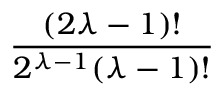
\frac { ( 2 \lambda - 1 ) ! } { 2 ^ { \lambda - 1 } ( \lambda - 1 ) ! }